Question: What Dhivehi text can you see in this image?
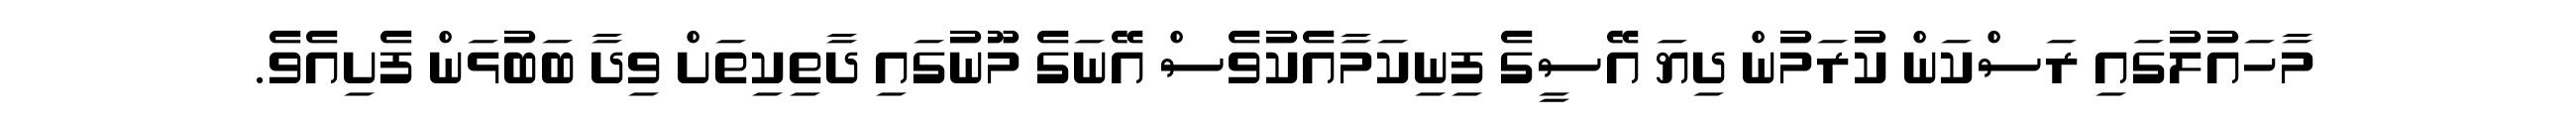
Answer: މާހައުލުގައި ރަސްކަން ކުރަމުން ދިޔަ އޭސީގެ ފިނިކަމާއެކުވެސް އޭނަގެ މޫނުގައި ދާތިކިތަށް ވިދާ ބަބުޅަން ފެށިއެވެ.